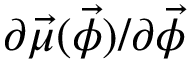
\partial \vec { \mu } ( \vec { \phi } ) / \partial \vec { \phi }